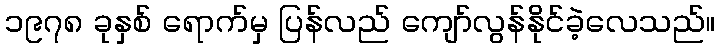
၁၉၇၈ ခုနှစ် ရောက်မှ ပြန်လည် ကျော်လွန်နိုင်ခဲ့လေသည်။